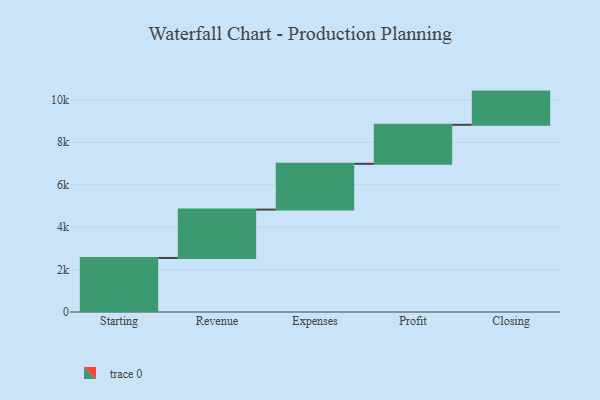
{"axis": {"x": "Step", "y": "Value"}, "legend": [""], "data": [{"x": "Starting", "y": 2547.0, "type": ""}, {"x": "Revenue", "y": 2279.0, "type": ""}, {"x": "Expenses", "y": 2159.0, "type": ""}, {"x": "Profit", "y": 1838.0, "type": ""}, {"x": "Closing", "y": 1565.0, "type": ""}]}